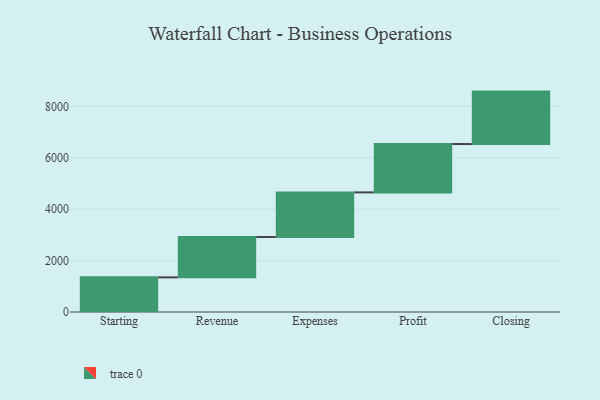
{"axis": {"x": "Step", "y": "Value"}, "legend": [""], "data": [{"x": "Starting", "y": 1349.0, "type": ""}, {"x": "Revenue", "y": 1573.0, "type": ""}, {"x": "Expenses", "y": 1736.0, "type": ""}, {"x": "Profit", "y": 1883.0, "type": ""}, {"x": "Closing", "y": 2042.0, "type": ""}]}